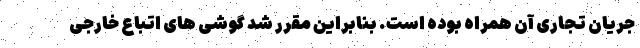
جریان تجاری آن همراه بوده است. بنابراین مقرر شد گوشی های اتباع خارجی